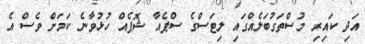
އަދި ކައިރި މުސްތަގުބަލެއްގައި ލިޓަސްގެ ސްޕެއާ ޝޮޕެއް ހުޅުވާނެ ކަމަށް ވެސް އެ